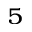
^ 5